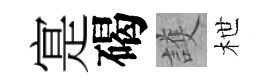
寔碣護枻